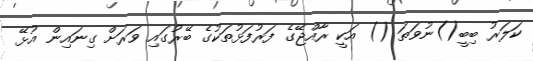
ކަލަރު ބިބީ()ނުވަތަ () އަކީ ރާއްޖޭގެ ފަރުފަޅުތަކުގެ ބޭރުގައި ވަރަށް ގިނައިން އުޅޭ